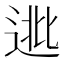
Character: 𨓖